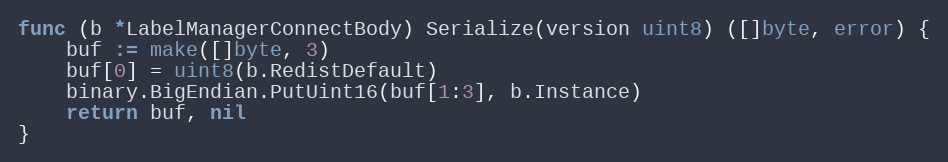
Language: Go
func (b *LabelManagerConnectBody) Serialize(version uint8) ([]byte, error) {
	buf := make([]byte, 3)
	buf[0] = uint8(b.RedistDefault)
	binary.BigEndian.PutUint16(buf[1:3], b.Instance)
	return buf, nil
}